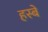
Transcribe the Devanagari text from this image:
हस्बे